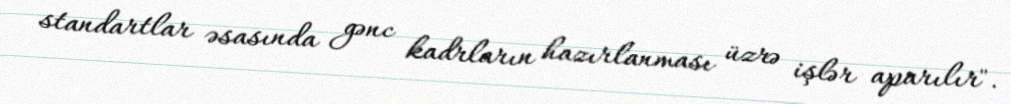
standartlar əsasında gənc kadrların hazırlanması üzrə işlər aparılır".